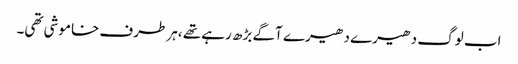
اب لوگ دھیرے دھیرے آگے بڑھ رہے تھے ،ہر طرف خاموشی تھی۔